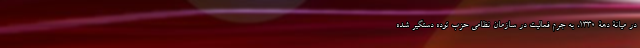
در ميانۀ دهۀ 1330، به جرم فعاليت در سازمان نظامي حزب توده دستگير شده